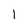
Character: 1